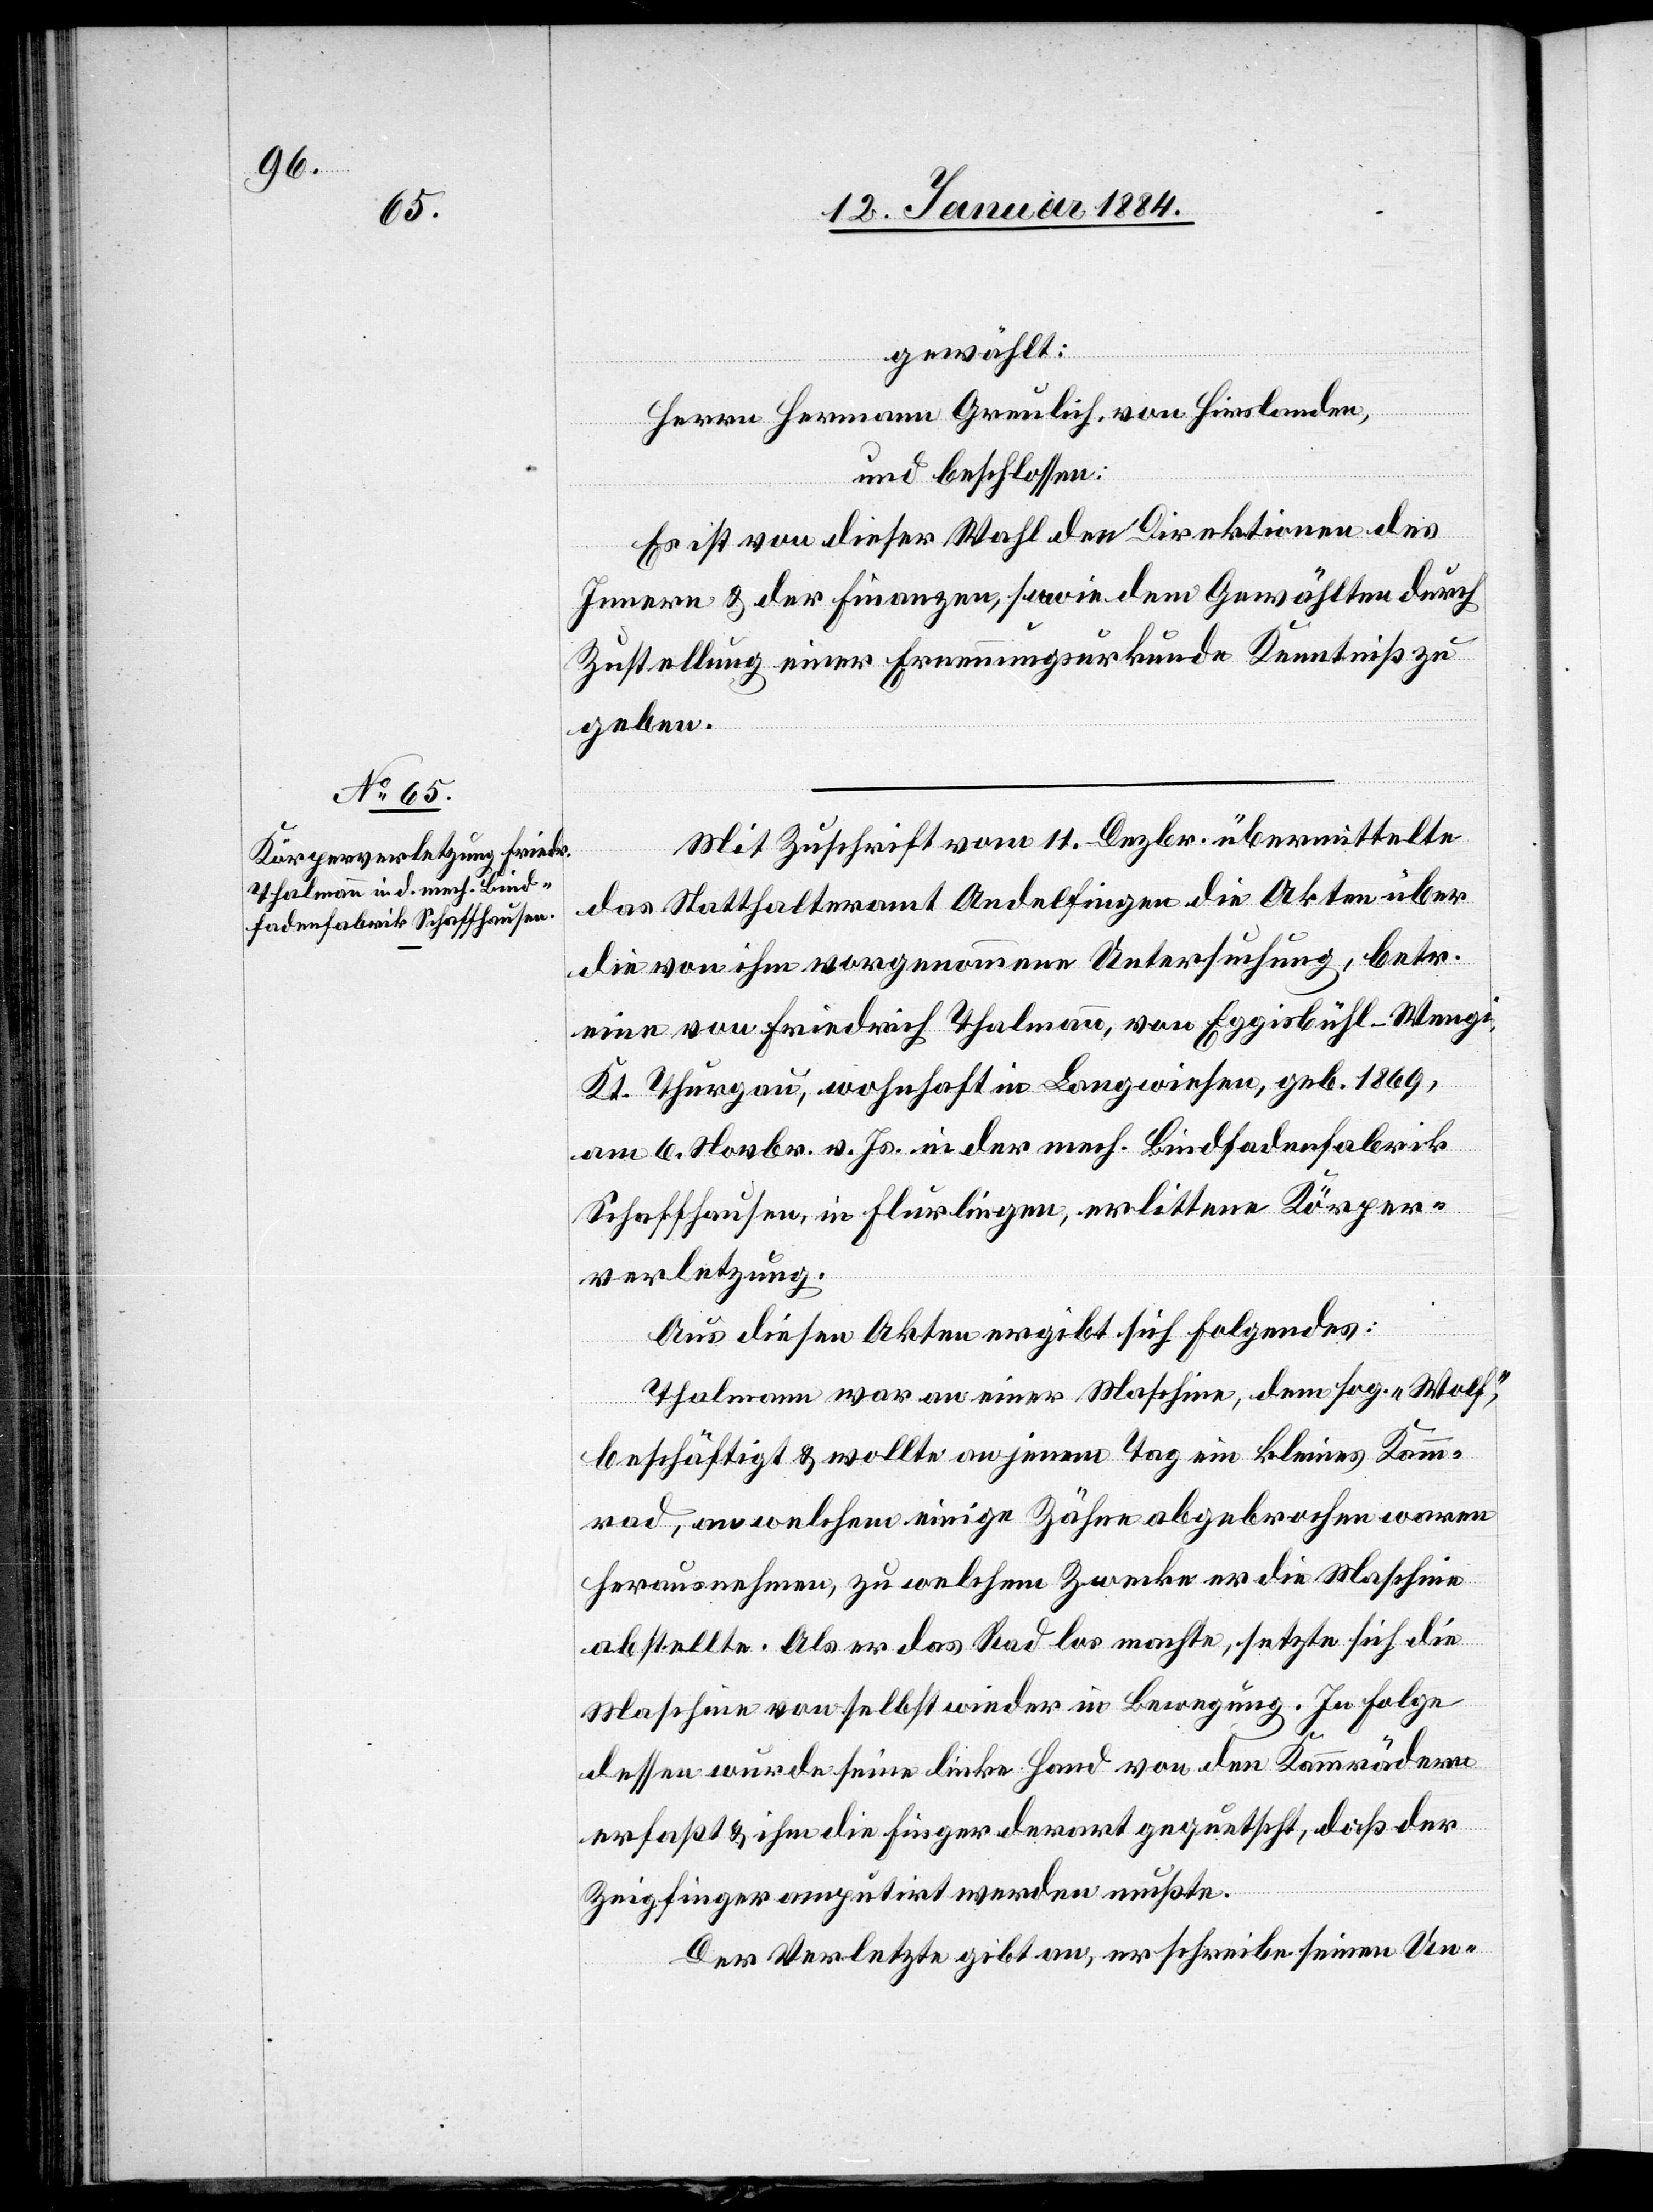
gewählt:
Herrn Hermann Greulich, von Hirslanden
und beschlossen:
Es ist von dieser Wahl den Direktionen des
Innern & der Finanzen, sowie dem Gewählten durch
Zustellung einer Erneuerungsurkunde Kenntniß zu
geben.
Mit Zuschrift vom 11. Dezbr. übermittelte
das Statthalteramt Andelfingen die Akten über
die von ihm vorgenommene Untersuchung, betr.
eine von Friedrich Thalmann, von Eggisbühl - Wengi,
Kt. Thurgau, wohnhaft in Langwiesen, geb. 1869,
am 6. Novbr. v. Js. in der mech. Bindfadenfabrik
Schaffhausen, in Flurlingen, erlittene Körper¬
verletzung.
Aus diesen Akten ergibt sich Folgendes:
Thalmann war an einer Maschine, dem sog. „Wolf“,
beschäftigt & wollte an jenem Tag ein kleines Kamm¬
rad, an welchem einige Zähne abgebrochen waren
herausnehmen, zu welchem Zwecke er die Maschine
abstellte. Als er das Rad los machte, setzte sich die
Maschine von selbst wieder in Bewegung. In Folge
dessen wurde seine linke Hand von den Kammrädern
erfaßt & ihm die Finger derart gequetscht, daß der
Zeigfinger amputirt werden mußte.
Der Verletzte gibt an, er schreibe seinen Un-